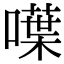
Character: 𠿚